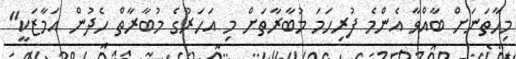
މިހާތަނަށް ބާއްވާ އެންމެ ފުރިހަމަ މުބާރާތަށް މި އަހަރުގެ މުބާރާތް ހެދުން އަމާޒަކީ"